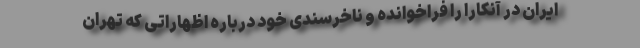
ایران در آنکارا را فراخوانده و ناخرسندی خود درباره اظهاراتی که تهران